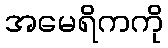
အမေရိကကို